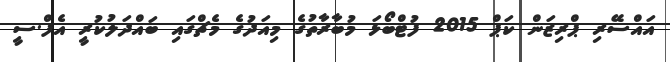
އައްސޭރި ޕްރިޒަން ކަޕް 2015 ފުޓްބޯޅަ މުބާރާތުގެ މިއަދުގެ މެޗްގައި ބައްދަލުކުރީ އެފް.ސީ